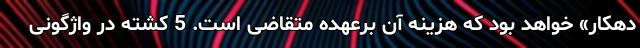
دهکار» خواهد بود که هزینه آن برعهده متقاضی است. 5 کشته در واژگونی